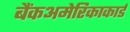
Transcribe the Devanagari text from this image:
बैंकअमेरिकाकार्ड